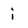
Character: i